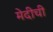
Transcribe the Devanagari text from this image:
मेदीची